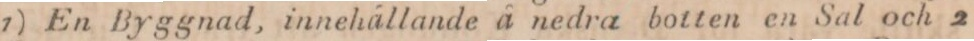
1) En Byggnad, innehållande å nedra botten en Sal och 2